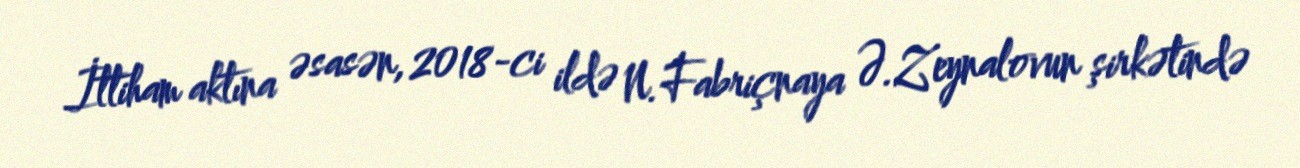
İttiham aktına əsasən, 2018-ci ildə N.Fabriçnaya Ə.Zeynalovun şirkətində